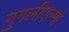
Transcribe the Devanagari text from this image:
गुगलीएल्मो